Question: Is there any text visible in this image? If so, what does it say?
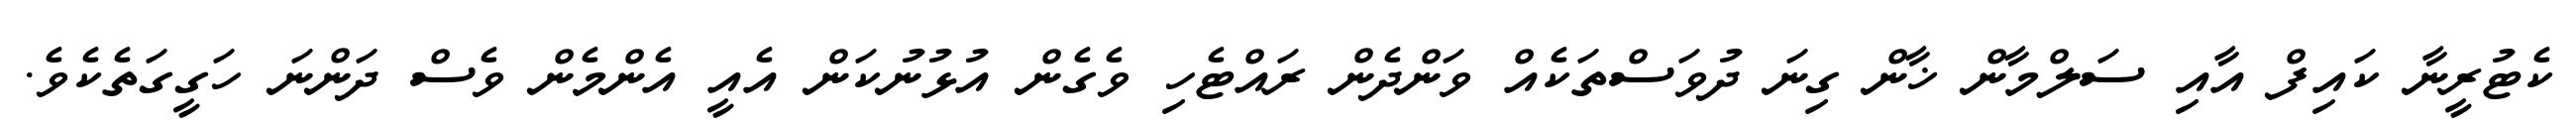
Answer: ކެޓުރީނާ ކައިފް އާއި ސަލްމާން ޚާން ގިނަ ދުވަސްތަކެއް ވަންދެން ރައްޓެހި ވެގެން އުޅުނުކަން އެއީ އެންމެން ވެސް ދަންނަ ހަގީގަތެކެވެ.